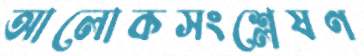
আলোকসংশ্লেষণ